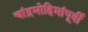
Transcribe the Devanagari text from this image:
चांद्रमोहिमांपूर्वी